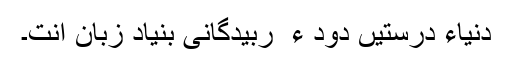
دنیاءِ دْرستیں دود ء ُ ربیدگانی بُنیاد زبان اِنت۔